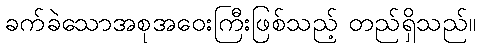
ခက်ခဲသောအစုအဝေးကြီးဖြစ်သည့် တည်ရှိသည်။